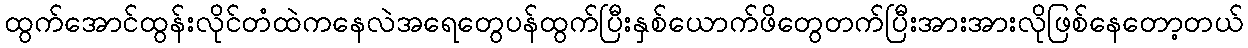
ထွက်အောင်ထွန်းလိုင်တံထဲကနေလဲအရေတွေပန်ထွက်ပြီးနှစ်ယောက်ဖိတွေတက်ပြီးအားအားလိုဖြစ်နေတော့တယ်